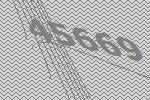
45669